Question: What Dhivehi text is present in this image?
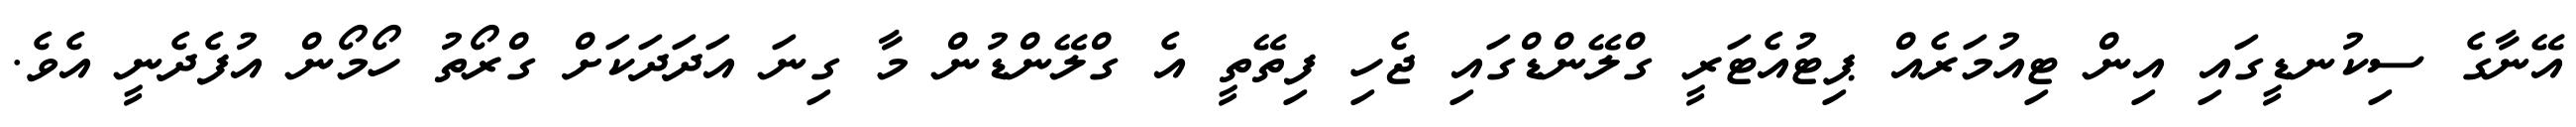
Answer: އޭނާގެ ސިކުނޑީގައި އިން ޓިއުމަރެއް ޕިޓުއެޓަރީ ގްލޭންޑްގައި ޖެހި ފިތޭތީ އެ ގްލޭންޑުން މާ ގިނަ އަދަދަކަށް ގްރޯތު ހޯމޯން އުފެދެނީ އެވެ.